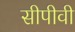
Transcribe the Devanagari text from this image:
सीपीवी